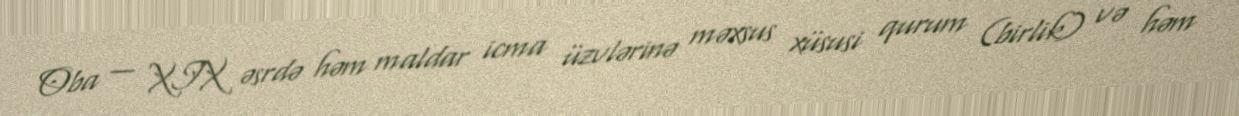
Oba — XIX əsrdə həm maldar icma üzvlərinə məxsus xüsusi qurum (birlik) və həm